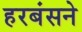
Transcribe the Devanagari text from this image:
हरबंसने